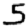
Digit: 5